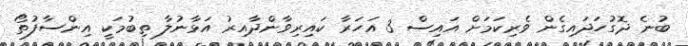
ބުނެ ދޮގުހަދައިގެން ވެރިކަމަށް އައިސް 3 އަހަރާ ކައިރިވާންދާއިރު އަޅާނުލާ ތިބުމަކީ އިންސާފުތޯ